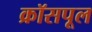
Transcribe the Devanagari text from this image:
क्रॉसपूल